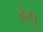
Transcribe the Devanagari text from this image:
हंगु